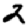
Digit: 2